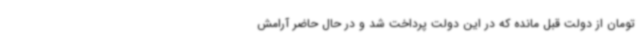
تومان از دولت قبل مانده که در این دولت پرداخت شد و در حال حاضر آرامش